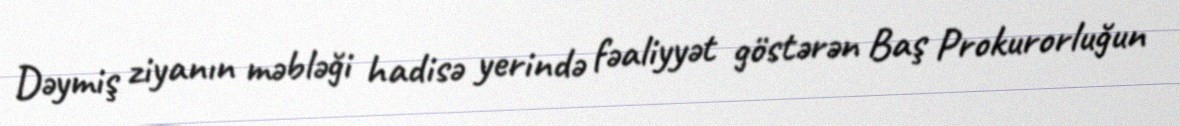
Dəymiş ziyanın məbləği hadisə yerində fəaliyyət göstərən Baş Prokurorluğun